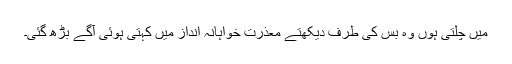
میں چلتی ہوں وہ بس کی طرف دیکھتے معذرت خواہانہ انداز میں کہتی ہوئی آگے بڑھ گئی۔